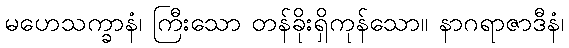
မဟေသက္ခာနံ၊ ကြီးသော တန်ခိုးရှိကုန်သော။ နာဂရာဇာဒီနံ၊